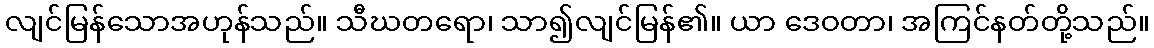
လျင်မြန်သောအဟုန်သည်။ သီဃတရော၊ သာ၍လျင်မြန်၏။ ယာ ဒေဝတာ၊ အကြင်နတ်တို့သည်။